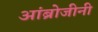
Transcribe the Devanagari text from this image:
आंब्रोजीनी